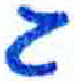
אות: ג